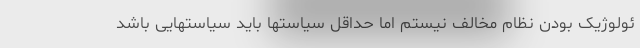
ئولوژیک بودن نظام مخالف نیستم اما حداقل سیاستها باید سیاستهایی باشد